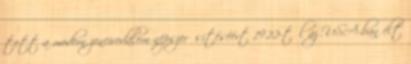
tett a modern zeneirodalom népszerűsítéséért 1922-től az USA-ban élt